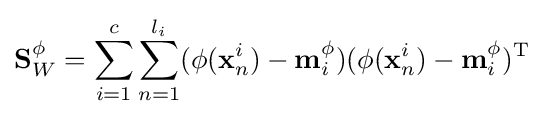
\mathbf {S} _{W}^{\phi }=\sum _{i=1}^{c}\sum _{n=1}^{l_{i}}(\phi (\mathbf {x} _{n}^{i})-\mathbf {m} _{i}^{\phi })(\phi (\mathbf {x} _{n}^{i})-\mathbf {m} _{i}^{\phi })^{\text{T}}